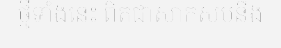
ថ្មីទាំងនេះ ពិតជាសាកសមនឹង